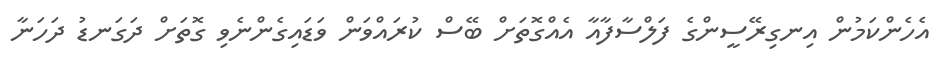
އެހެންކަމުން އިނގިރޭސީންގެ ފަލްސާފާއާ އެއްގޮތަށް ބޭސް ކުރައްވަން ވަޑައިގެންނެވި ގޮތަށް ދަގަނޑު ދަހަނާ